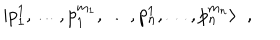
| p _ { 1 } ^ { 1 } , \ldots , p _ { 1 } ^ { m _ { 1 } } , \ldots , p _ { n } ^ { 1 } , \ldots , p _ { n } ^ { m _ { n } } \rangle \; \; ,